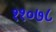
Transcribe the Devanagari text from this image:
११०७८